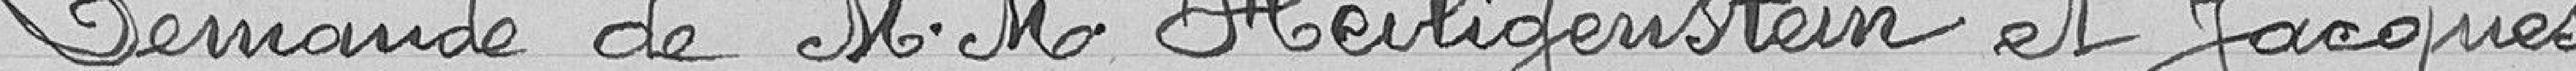
Demande de M. Heiligenstein et M. Jacques